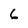
Character: 6